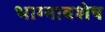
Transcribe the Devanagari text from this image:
भाग्नावशेष